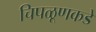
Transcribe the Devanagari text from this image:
चिपळूणकडे